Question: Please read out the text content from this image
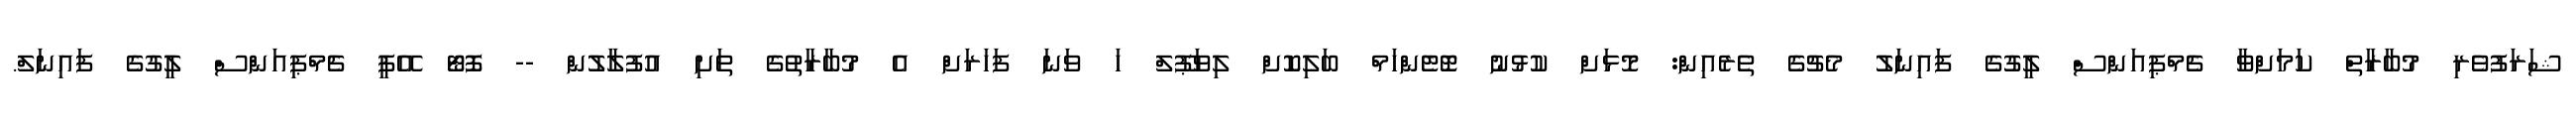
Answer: ޝަރަފުވެރި މުބާރާތް ކަމަށްވާ ޗެމްޕިއަންސް ލީގުގެ ފައިނަލު މެޗުގެ ތެރެއިން: މޮޅަށް ކުޅުނު ޓޮޓެންހަމް ބަލިކޮށް ލިވަޕޫލް ހަ ވަނަ ފަހަރަށް އެ މުބާރާތުގެ ތަށި އުފުލާލުން -- ފޮޓޯ އޭޕީ ޗެމްޕިއަންސް ލީގުގެ ފައިނަލް.